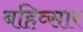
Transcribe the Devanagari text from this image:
बहिव्सार